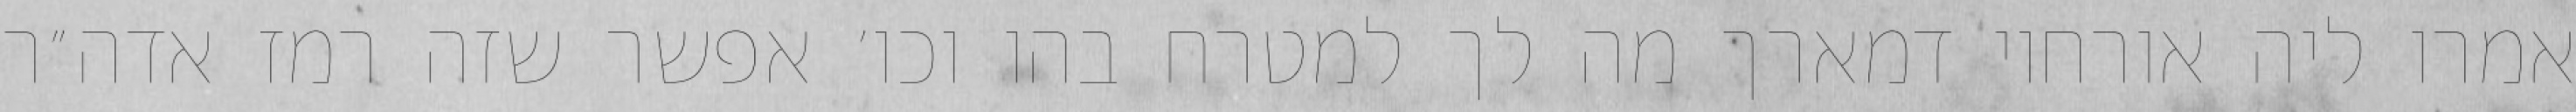
אמרו ליה אורחוי דמארך מה לך למטרח בהו וכו׳ אפשר שזה רמז אדה״ר